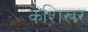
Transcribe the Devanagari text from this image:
केशिखर